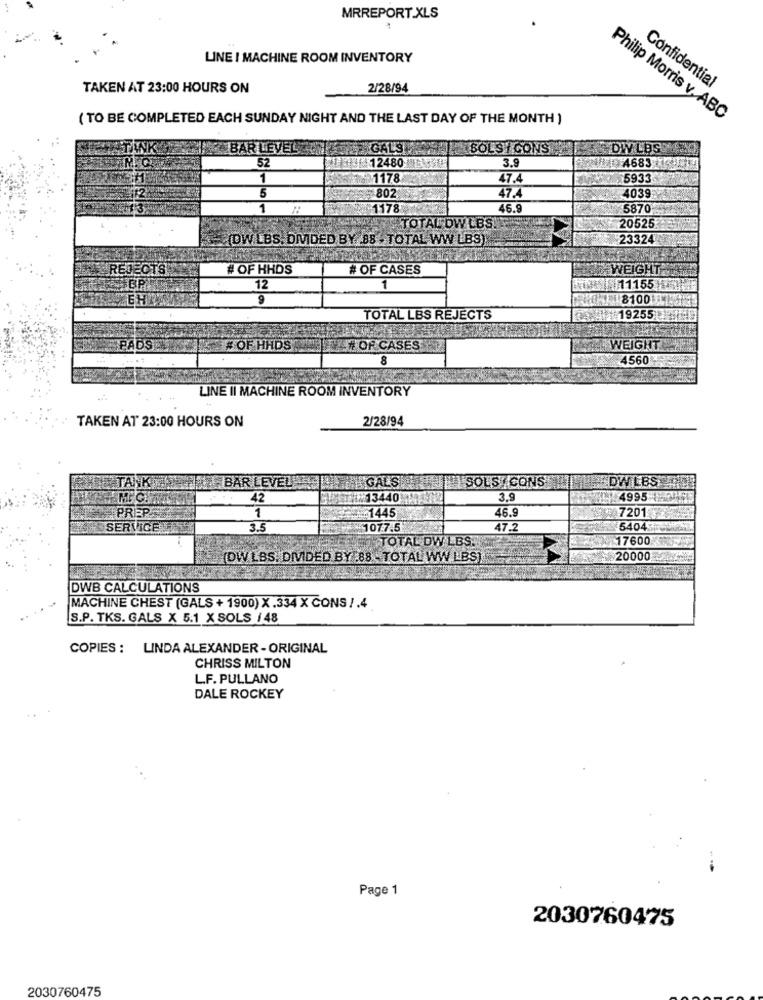
MRREPORT.XLS
LINE I MACHINE ROOM INVENTORY
TAKEN AT 23:00 HOURS ON
2/28/94
Confidential
( TO BE COMPLETED EACH SUNDAY NIGHT AND THE LAST DAY OF THE MONTH )
Philip Morris v,ABC
BAR LEVEL
GALSE
BOLSY CONS
DW LBS
52
3.9
12480
4683
1
1178
47.4
5933
5
802
47.4
4039
1
1178
46.9
5870
TOTAL DW LBS.
20525
(DW LBS. DIVIDED BY 88 . TOTAL WW LBS
23324
REJECTS
#OF HHDS
# OF CASES
WEIGHT
12
1
11155
9
8100
TOTAL LBS REJECTS
19255
&# OF HHDS
# OF CASES
WEIGHT
... ..
4560
LINE II MACHINE ROOM INVENTORY
2/28/94
TAKEN AT 23:00 HOURS ON
TAIN
BAR LEVEL
IGAL'S
HINTSOLSY CONS
DW LBS
MPC
42
13440
3,9
4995
PREPS
1
1445
46.9
7201
SERVICES
3.5
1077.5
47.2
5404
TOTAL DW LBS.
17600
(DW LBS. DIVIDED BY :88 . TOTAL WW LES)
20000
DWB CALCULATIONS
MACHINE CHEST (GALS + 1900) X.334 X CONS /.4
S.P. TKS. GALS X 5.1 X SOLS / 48
COPIES : LINDA ALEXANDER - ORIGINAL
CHRISS MILTON
L.F. PULLANO
DALE ROCKEY
Page 1
2030760475
2030760475